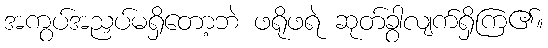
အကွပ်အညှပ်မရှိတော့ဘဲ ဖရိုဖရဲ ဆုတ်ခွာလျက်ရှိကြ၏။